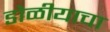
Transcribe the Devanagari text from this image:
डोळीयाचा